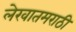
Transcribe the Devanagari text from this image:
लेखातमराठी